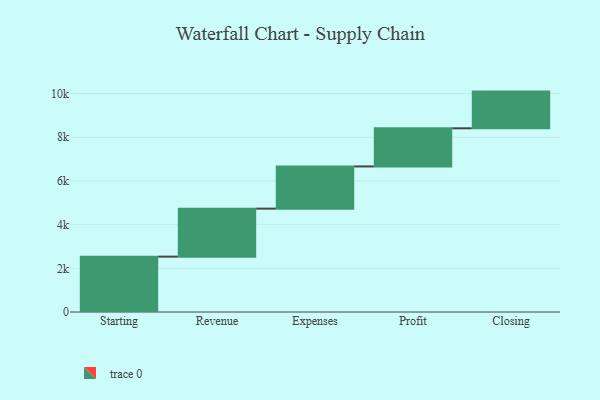
{"axis": {"x": "Step", "y": "Value"}, "legend": [""], "data": [{"x": "Starting", "y": 2534.0, "type": ""}, {"x": "Revenue", "y": 2198.0, "type": ""}, {"x": "Expenses", "y": 1931.0, "type": ""}, {"x": "Profit", "y": 1746.0, "type": ""}, {"x": "Closing", "y": 1680.0, "type": ""}]}